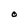
Character: O